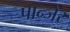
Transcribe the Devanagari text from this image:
पान्जेर